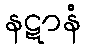
နဋာနံ